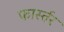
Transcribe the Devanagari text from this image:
फार्स्तर